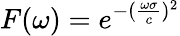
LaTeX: F(\omega)=e^{-(\frac{\omega\sigma}{c})^{2}}